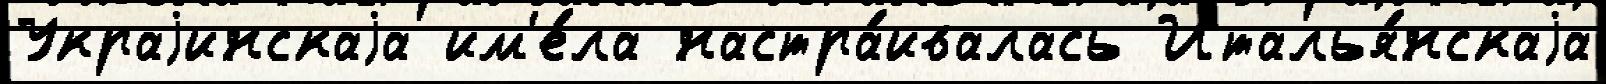
Украjинскаjа им'е́ла настра́ивалась Италья́нскаjа